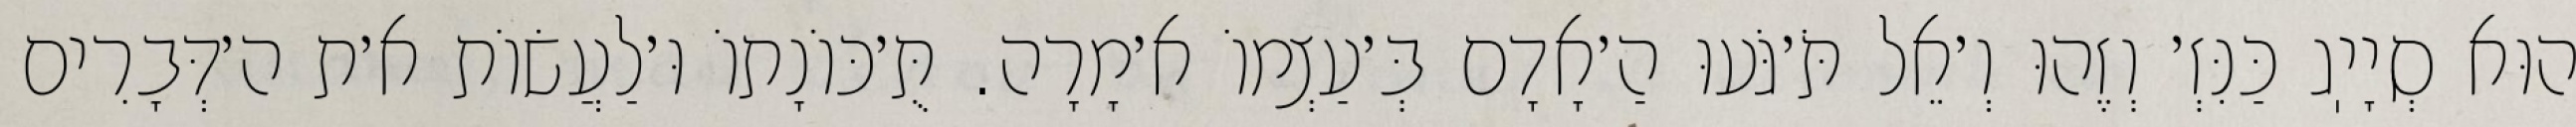
הוּא סְיָיֽג כַּנִּזְ׳ וְזֶהוּ וְ׳אֵל תֹּ׳גֹּעוּ הַ׳אָדָם בְּ׳עַצְמוֹ א׳מָרָה. תֻּ׳כּוֹנָתוֹ וּ׳לַעֲשׂוֹת א׳ת ה׳דְּבָרִים